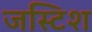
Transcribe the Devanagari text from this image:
जस्टिश